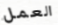
العمل